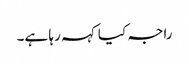
راجہ کیا کہہ رہا ہے۔